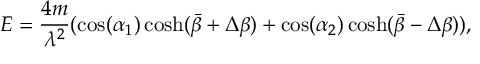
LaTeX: E = \frac { 4 m } { \lambda ^ { 2 } } ( \cos ( \alpha _ { 1 } ) \cosh ( \bar { \beta } + \Delta \beta ) + \cos ( \alpha _ { 2 } ) \cosh ( \bar { \beta } - \Delta \beta ) ) ,